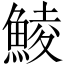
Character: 鯪